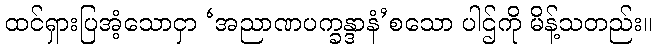
ထင်ရှားပြအံ့သောငှာ ‘အညာဏပက္ခန္ဒာနံ’စသော ပါဌ်ကို မိန့်သတည်း။